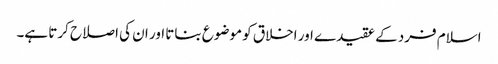
اسلام فرد کے عقیدے اور اخلاق کو موضوع بناتا اور ان کی اصلاح کرتا ہے۔